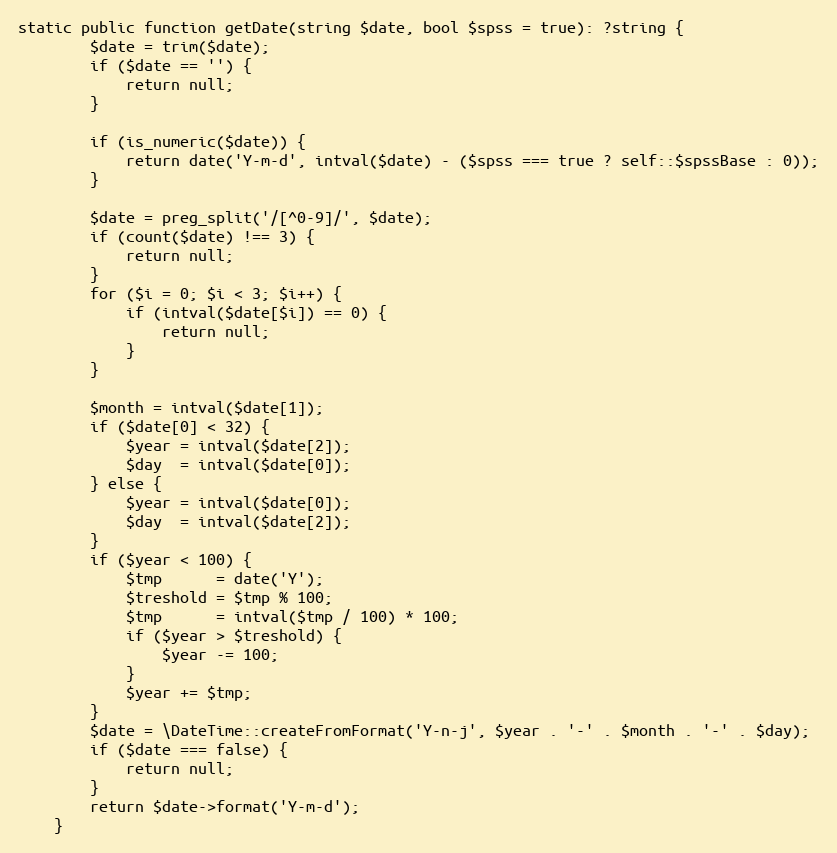
Language: PHP
static public function getDate(string $date, bool $spss = true): ?string {
        $date = trim($date);
        if ($date == '') {
            return null;
        }

        if (is_numeric($date)) {
            return date('Y-m-d', intval($date) - ($spss === true ? self::$spssBase : 0));
        }

        $date = preg_split('/[^0-9]/', $date);
        if (count($date) !== 3) {
            return null;
        }
        for ($i = 0; $i < 3; $i++) {
            if (intval($date[$i]) == 0) {
                return null;
            }
        }

        $month = intval($date[1]);
        if ($date[0] < 32) {
            $year = intval($date[2]);
            $day  = intval($date[0]);
        } else {
            $year = intval($date[0]);
            $day  = intval($date[2]);
        }
        if ($year < 100) {
            $tmp      = date('Y');
            $treshold = $tmp % 100;
            $tmp      = intval($tmp / 100) * 100;
            if ($year > $treshold) {
                $year -= 100;
            }
            $year += $tmp;
        }
        $date = \DateTime::createFromFormat('Y-n-j', $year . '-' . $month . '-' . $day);
        if ($date === false) {
            return null;
        }
        return $date->format('Y-m-d');
    }